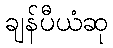
ချန်ပီယံဆု